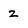
Character: z